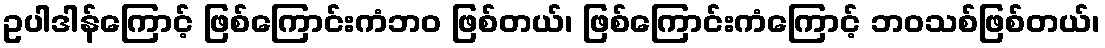
ဥပါဒါန်ကြောင့် ဖြစ်ကြောင်းကံဘဝ ဖြစ်တယ်၊ ဖြစ်ကြောင်းကံကြောင့် ဘဝသစ်ဖြစ်တယ်၊